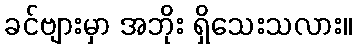
ခင်ဗျားမှာ အဘိုး ရှိသေးသလား။